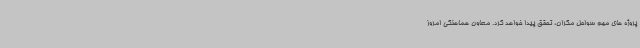
پروژه های مهم سواحل مکران، تحقق پیدا خواهد کرد. معاون هماهنگی امروز